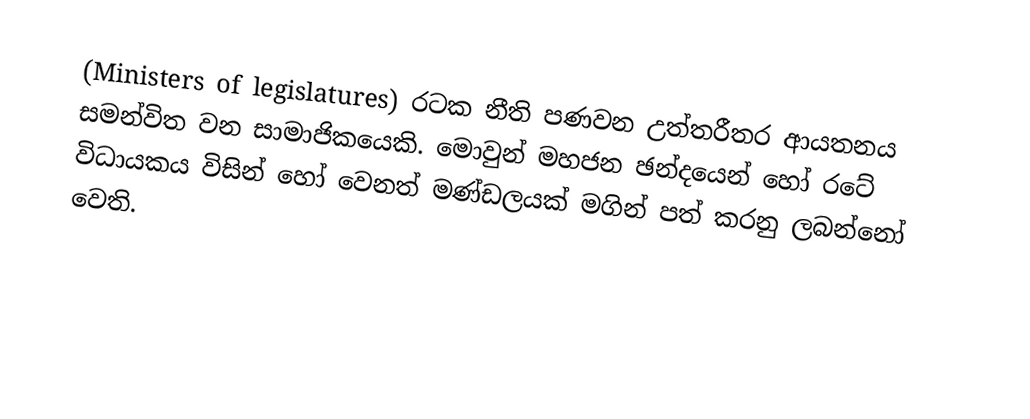
(Ministers of legislatures) රටක නීති පණවන උත්තරීතර ආයතනය සමන්විත වන සාමාජිකයෙකි. මොවුන් මහජන ඡන්දයෙන් හෝ රටේ විධායකය විසින් හෝ වෙනත් මණ්ඩලයක් මගින් පත් කරනු ලබන්නෝ වෙති.